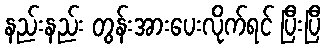
နည်းနည်း တွန်းအားပေးလိုက်ရင် ပြီးပြီ